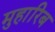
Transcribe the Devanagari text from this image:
मुहारिब